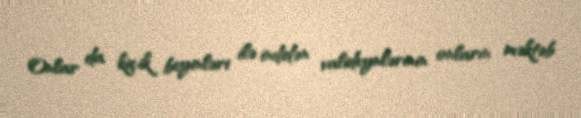
Onlar da kiçik beyinləri ilə indidən valideynlərinin onların məktəb